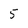
Character: 5